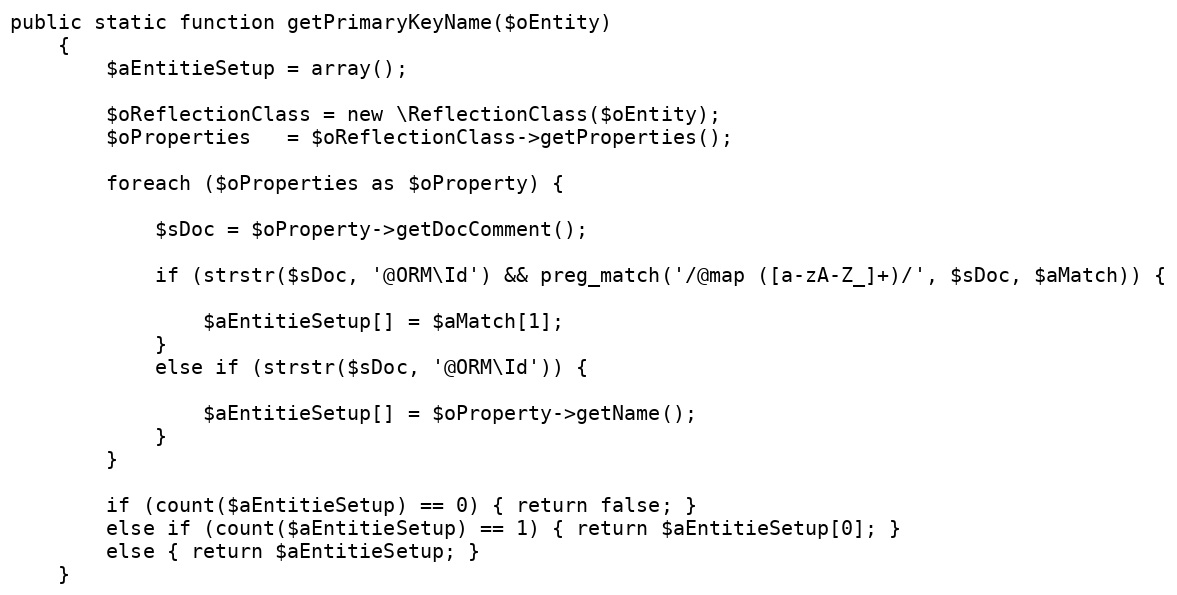
Language: PHP
public static function getPrimaryKeyName($oEntity)
    {
        $aEntitieSetup = array();

        $oReflectionClass = new \ReflectionClass($oEntity);
        $oProperties   = $oReflectionClass->getProperties();

        foreach ($oProperties as $oProperty) {

            $sDoc = $oProperty->getDocComment();

            if (strstr($sDoc, '@ORM\Id') && preg_match('/@map ([a-zA-Z_]+)/', $sDoc, $aMatch)) {

                $aEntitieSetup[] = $aMatch[1];
            }
            else if (strstr($sDoc, '@ORM\Id')) {

                $aEntitieSetup[] = $oProperty->getName();
            }
        }

        if (count($aEntitieSetup) == 0) { return false; }
        else if (count($aEntitieSetup) == 1) { return $aEntitieSetup[0]; }
        else { return $aEntitieSetup; }
    }